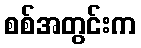
စစ်အတွင်းက